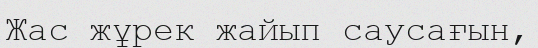
Жас жұрек жайып саусағын,